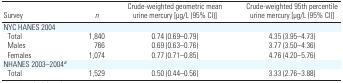
<table><thead><tr><td><b>Survey</b></td><td><b><i>n</i></b></td><td><b>Crude-weighted geometric mean urine mercury [μg/L (95% CI)]</b></td><td><b>Crude-weighted 95th percentile urine mercury [μg/L (95% CI)]</b></td></tr></thead><tbody><tr><td colspan="4">NYC HANES 2004</td></tr><tr><td> Total</td><td>1,840</td><td>0.74 (0.69–0.79)</td><td>4.35 (3.95–4.73)</td></tr><tr><td> Males</td><td>766</td><td>0.69 (0.63–0.76)</td><td>3.77 (3.50–4.36)</td></tr><tr><td> Females</td><td>1,074</td><td>0.77 (0.71–0.85)</td><td>4.76 (4.20–5.76)</td></tr><tr><td colspan="4">NHANES 2003–2004<sup>a</sup></td></tr><tr><td> Total</td><td>1,529</td><td>0.50 (0.44–0.56)</td><td>3.33 (2.76–3.88)</td></tr></tbody></table>